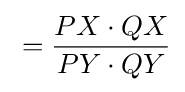
{}={PX\cdot QX \over PY\cdot QY}